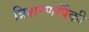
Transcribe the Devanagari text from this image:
त्रिशरणांपैकी